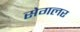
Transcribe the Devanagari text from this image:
सेगलर